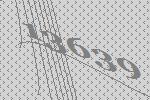
13639